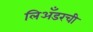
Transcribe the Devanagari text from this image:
लिअँडरची